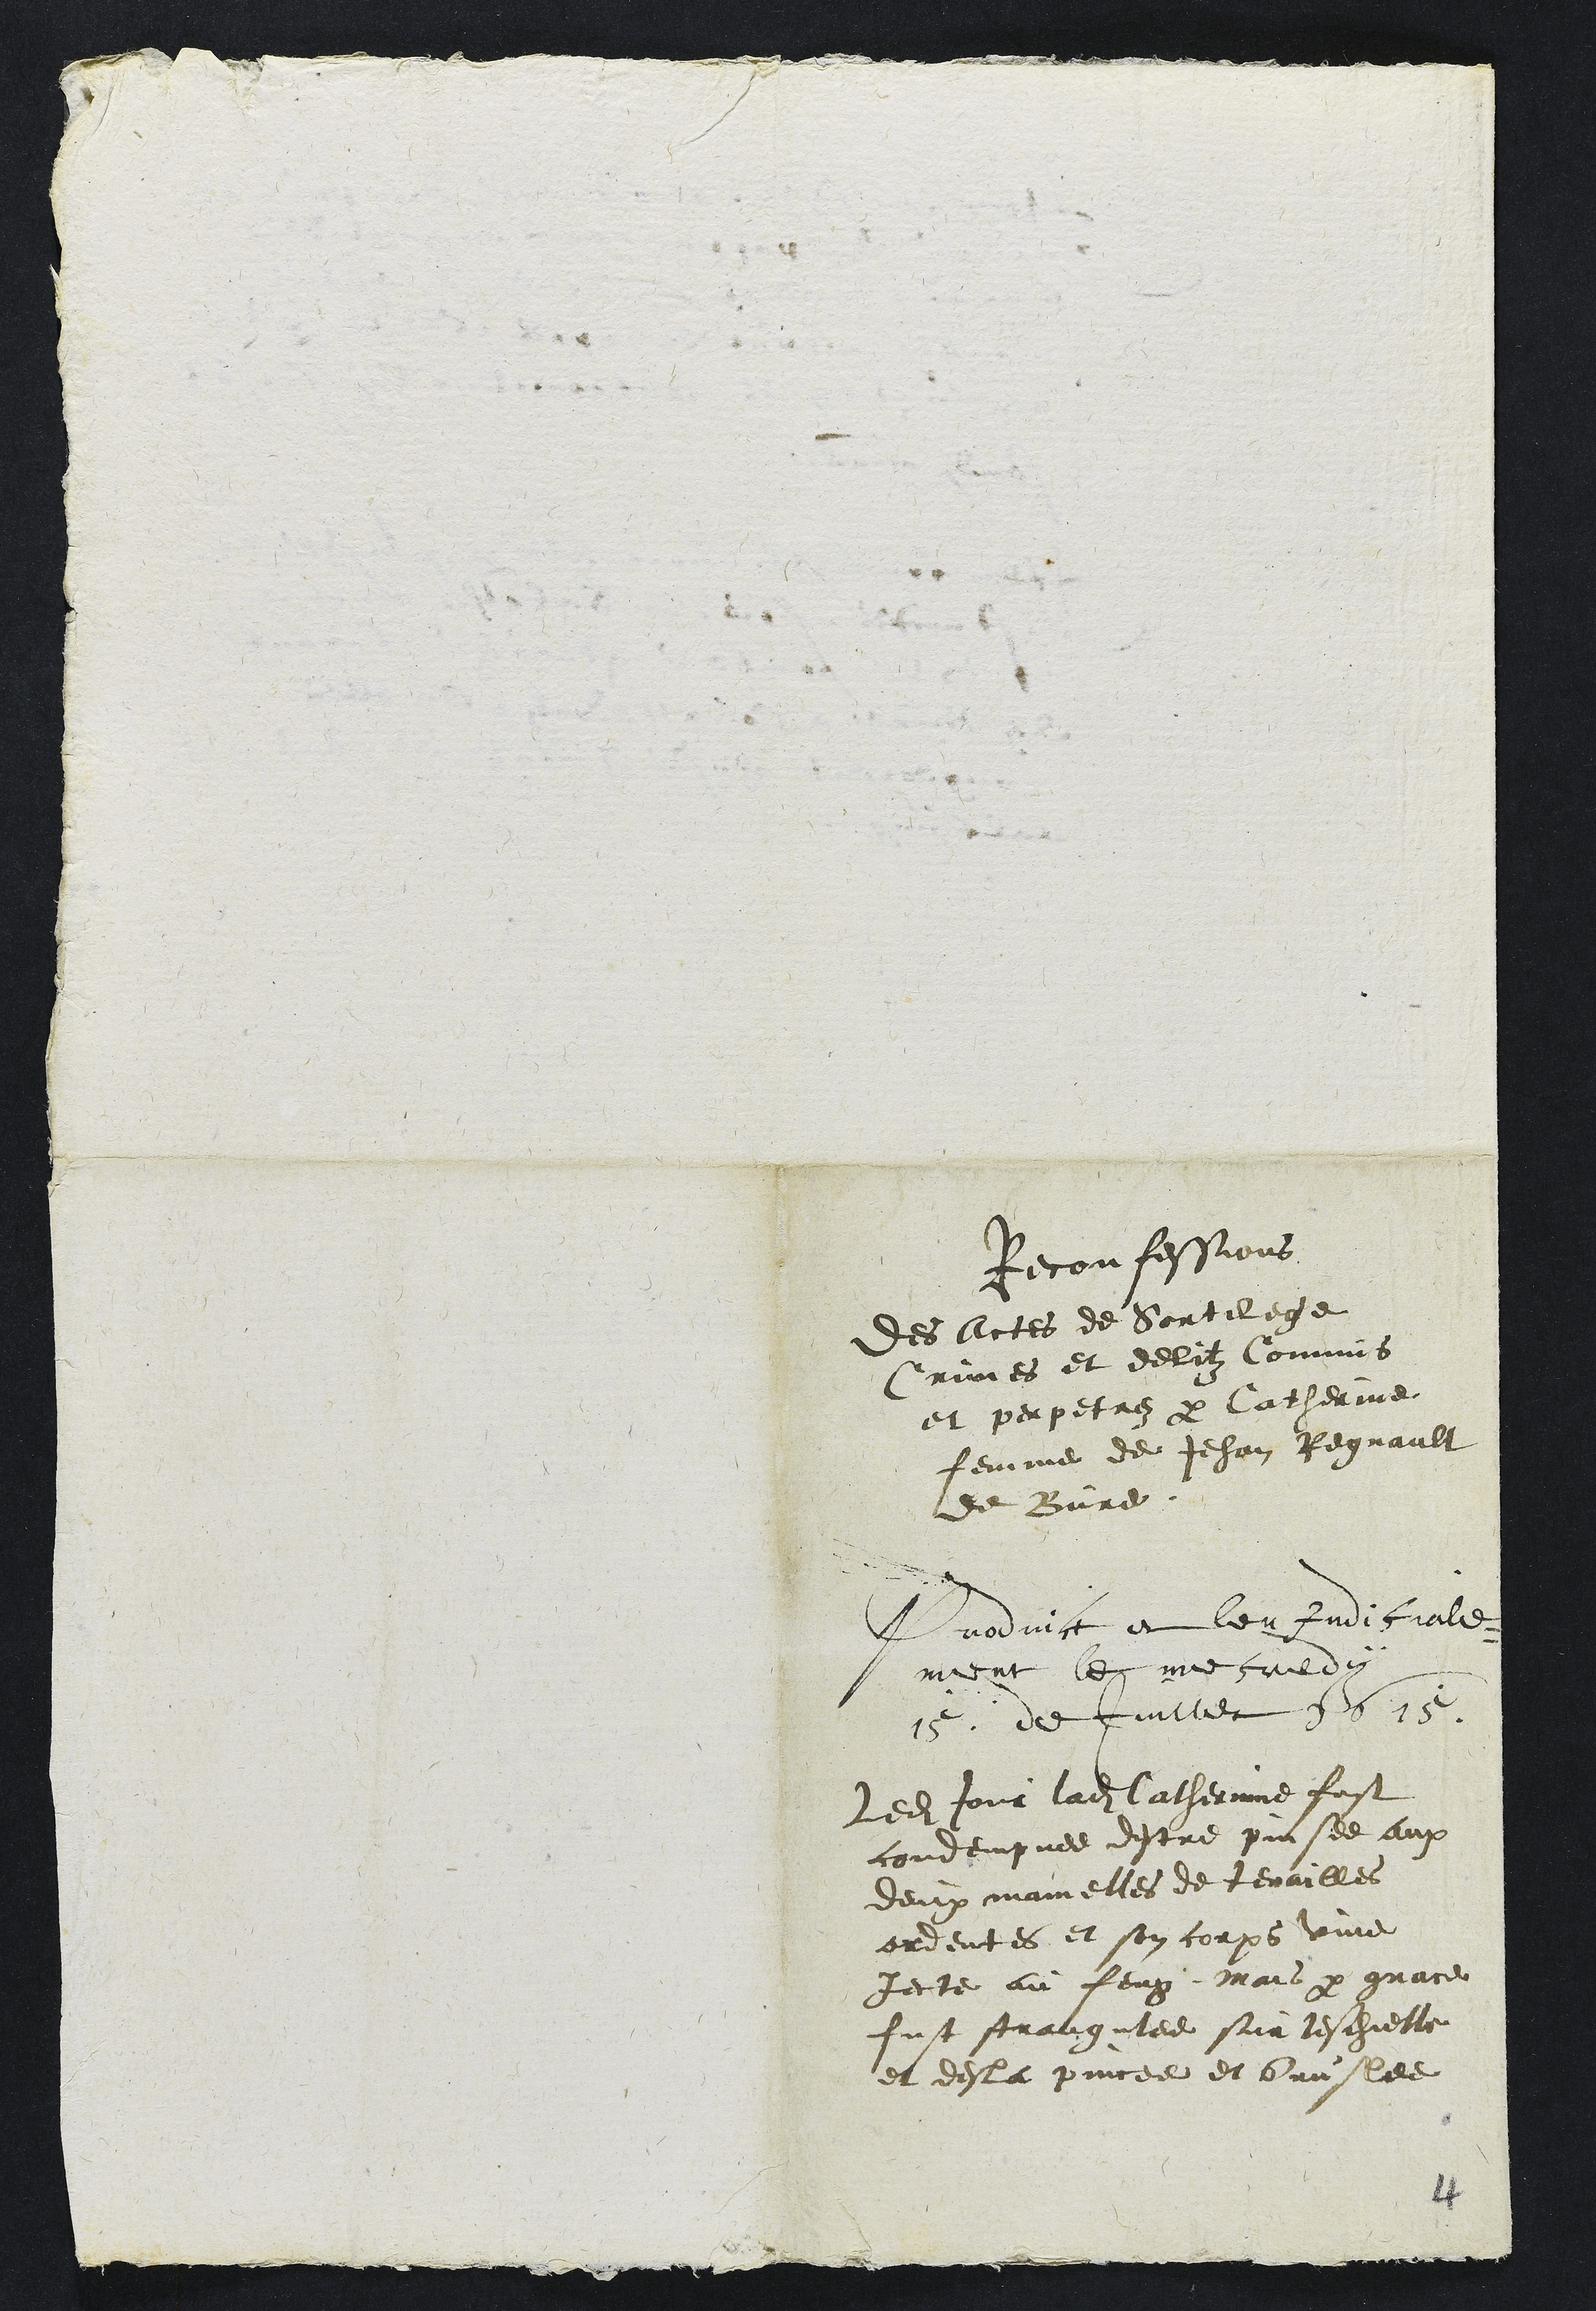
Reconfessions
Des Actes de Sortilege
Crimes et delitz Commis
et perpetrez par Catherine
femme de Jehan Regnault
de Bure
Produit et leu judiciale¬
ment le mercredy
15 de Juillet 1615
Ledit jour ladite Catherine fust
condempnee destre pinsee aux
deux mamelles de tenailles
ardentes et son corps vive
Jecte au feug Mais par grace
fust strangulee sur leschielle
et desla pincee et bruslee